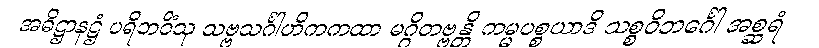
အဓိဋ္ဌာနဋ္ဌံ ပရိဘဝိံသု သဗ္ဗသင်္ဂါဟိကကထာ မဂ္ဂိတဗ္ဗန္တိ ကမ္မပစ္စယာဒိ သစ္စဝိဘင်္ဂေါ အစ္ဆရံ